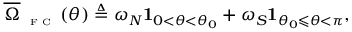
\overline { { \Omega } } _ { \textnormal { \tiny { F C } } } ( \theta ) \triangleq \omega _ { N } \mathbf { 1 } _ { 0 < \theta < \theta _ { 0 } } + \omega _ { S } \mathbf { 1 } _ { \theta _ { 0 } \leqslant \theta < \pi } ,